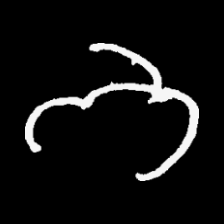
Pyu character \u2014 Myanmar letter: ဘ (romanized: bha)